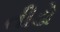
તીડો